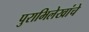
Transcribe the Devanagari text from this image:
पुराभिलेखांचे